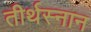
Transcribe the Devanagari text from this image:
तीर्थस्नान